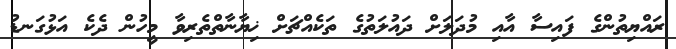
ރައްޔިތުންގެ ފައިސާ އާއި މުދަލަށް ދައުލަތުގެ ތަކެއްޗަށް ޚިޔާނާތްތެރިވާ މީހުން ދެކެ އަޅުގަނޑު